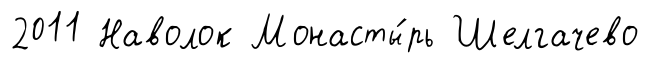
2011 Наволок Монасты́рь Шелгачево